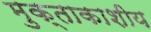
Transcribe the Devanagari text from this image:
मुक्ताकाशीय